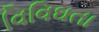
વિવિઘતા